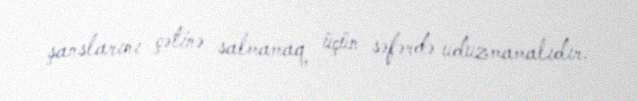
şanslarını çətinə salmamaq üçün səfərdə uduzmamalıdır.